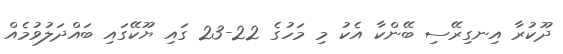
ދޫކުރާ އިނގިރޭސި ބޭންކާ އެކު މި މަހުގެ 22-23 ގައި ޔޫކޭގައި ބައްދަލުވުމެއް